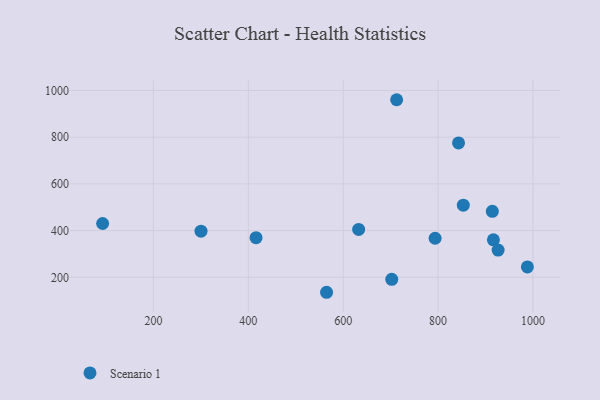
{"axis": {"x": "Distance", "y": "Rating"}, "legend": ["Scenario 1"], "data": [{"x": "916.6", "y": 360.5, "type": "Scenario 1"}, {"x": "92.8", "y": 430.3, "type": "Scenario 1"}, {"x": "632.5", "y": 404.9, "type": "Scenario 1"}, {"x": "793.7", "y": 367.2, "type": "Scenario 1"}, {"x": "853.1", "y": 508.8, "type": "Scenario 1"}, {"x": "914.3", "y": 482.7, "type": "Scenario 1"}, {"x": "702.3", "y": 191.3, "type": "Scenario 1"}, {"x": "300.2", "y": 397.6, "type": "Scenario 1"}, {"x": "843.1", "y": 775.6, "type": "Scenario 1"}, {"x": "712.6", "y": 960.4, "type": "Scenario 1"}, {"x": "564.9", "y": 135.9, "type": "Scenario 1"}, {"x": "926.5", "y": 316.4, "type": "Scenario 1"}, {"x": "988.2", "y": 244.5, "type": "Scenario 1"}, {"x": "416.2", "y": 369.5, "type": "Scenario 1"}]}